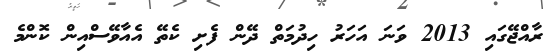
ރާއްޖޭގައި 2013 ވަނަ އަހަރު ހިދުމަތް ދޭން ފެށި ކެތޭ އެއާވޭސްއިން ކޮންމެ